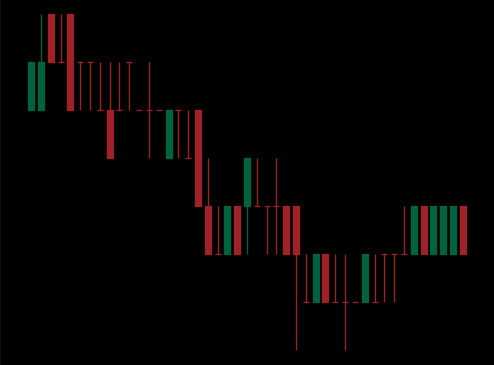
Pattern: bull_flag